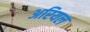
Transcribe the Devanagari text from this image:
अरियल